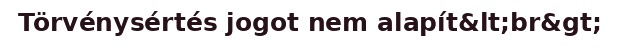
Törvénysértés jogot nem alapít&lt;br&gt;